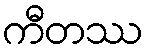
ကီတဿ